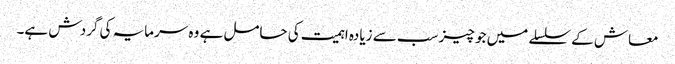
معاش کے سلسلے میں جو چیز سب سے زیادہ اہمیت کی حامل ہے وہ سرمایہ کی گردش ہے۔